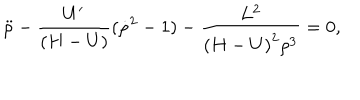
LaTeX: { \ddot { \rho } } - { \frac { U ^ { \prime } } { ( H - U ) } } ( { \dot { \rho } } ^ { 2 } - 1 ) - { \frac { L ^ { 2 } } { { ( H - U ) } ^ { 2 } \rho ^ { 3 } } } = 0 ,